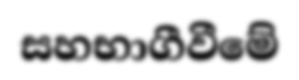
සහභාගීවීමේ